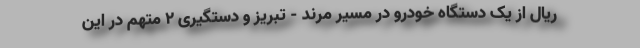
ریال از یک دستگاه خودرو در مسیر مرند - تبریز و دستگیری ۲ متهم در این